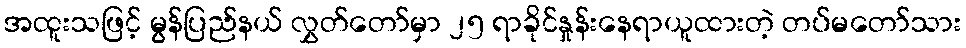
အထူးသဖြင့် မွန်ပြည်နယ် လွှတ်တော်မှာ ၂၅ ရာခိုင်နှုန်းနေရာယူထားတဲ့ တပ်မတော်သား